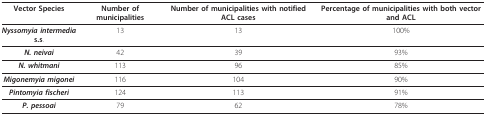
| Vector Species | Number of municipalities | Number of municipalities with notified ACL cases | Percentage of municipalities with both vector and ACL |
 | --- | --- | --- | --- |
 | Nyssomyia intermedia s.s. | 13 | 13 | 100% |
 | N. neivai | 42 | 39 | 93% |
 | N. whitmani | 113 | 96 | 85% |
 | Migonemyia migonei | 116 | 104 | 90% |
 | Pintomyia fischeri | 124 | 113 | 91% |
 | P. pessoai | 79 | 62 | 78% |